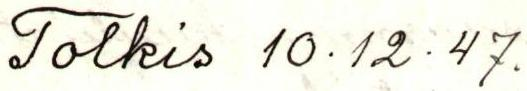
Tolkis 10.12.47.